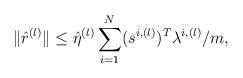
LaTeX: \begin{align*}\|\hat{r}^{(l)}\|\leq \hat{\eta}^{(l)}\sum_{i=1}^N(s^{i,(l)})^T\lambda^{i,(l)}/m,\end{align*}